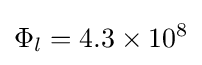
\Phi _{l}=4.3\times 10^{8}